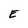
Character: E